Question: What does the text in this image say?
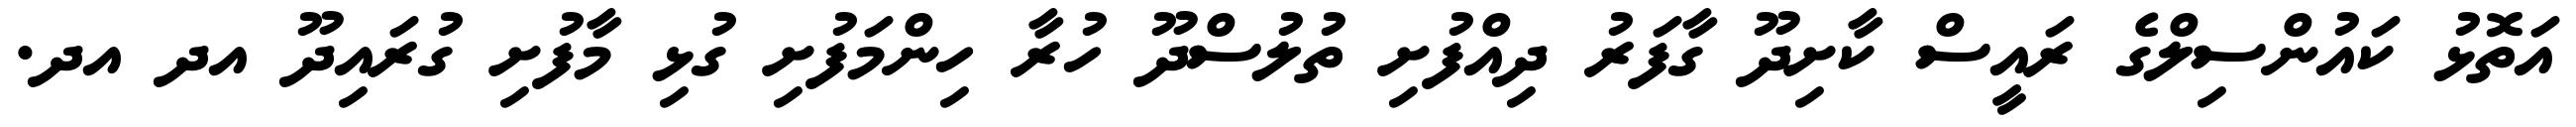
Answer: އަތޮޅު ކައުންސިލްގެ ރައީސް ކާށިދޫ ގާފަރު ދިއްފުށި ތުލުސްދޫ ހުރާ ހިންމަފުށި ގުޅި މާފުށި ގުރައިދޫ އދ އދ.